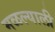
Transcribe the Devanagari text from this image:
मळल्याली